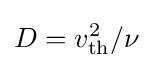
D=v_{\text{th}}^{2}/\nu